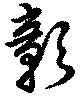
彰